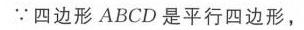
\(\because\)四边形 \(ABCD\) 是平行四边形，